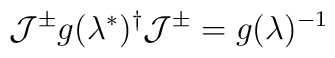
{\cal J}^{\pm}g(\lambda^{\ast})^{\dag}{\cal J}^{\pm}=g(\lambda)^{-1}